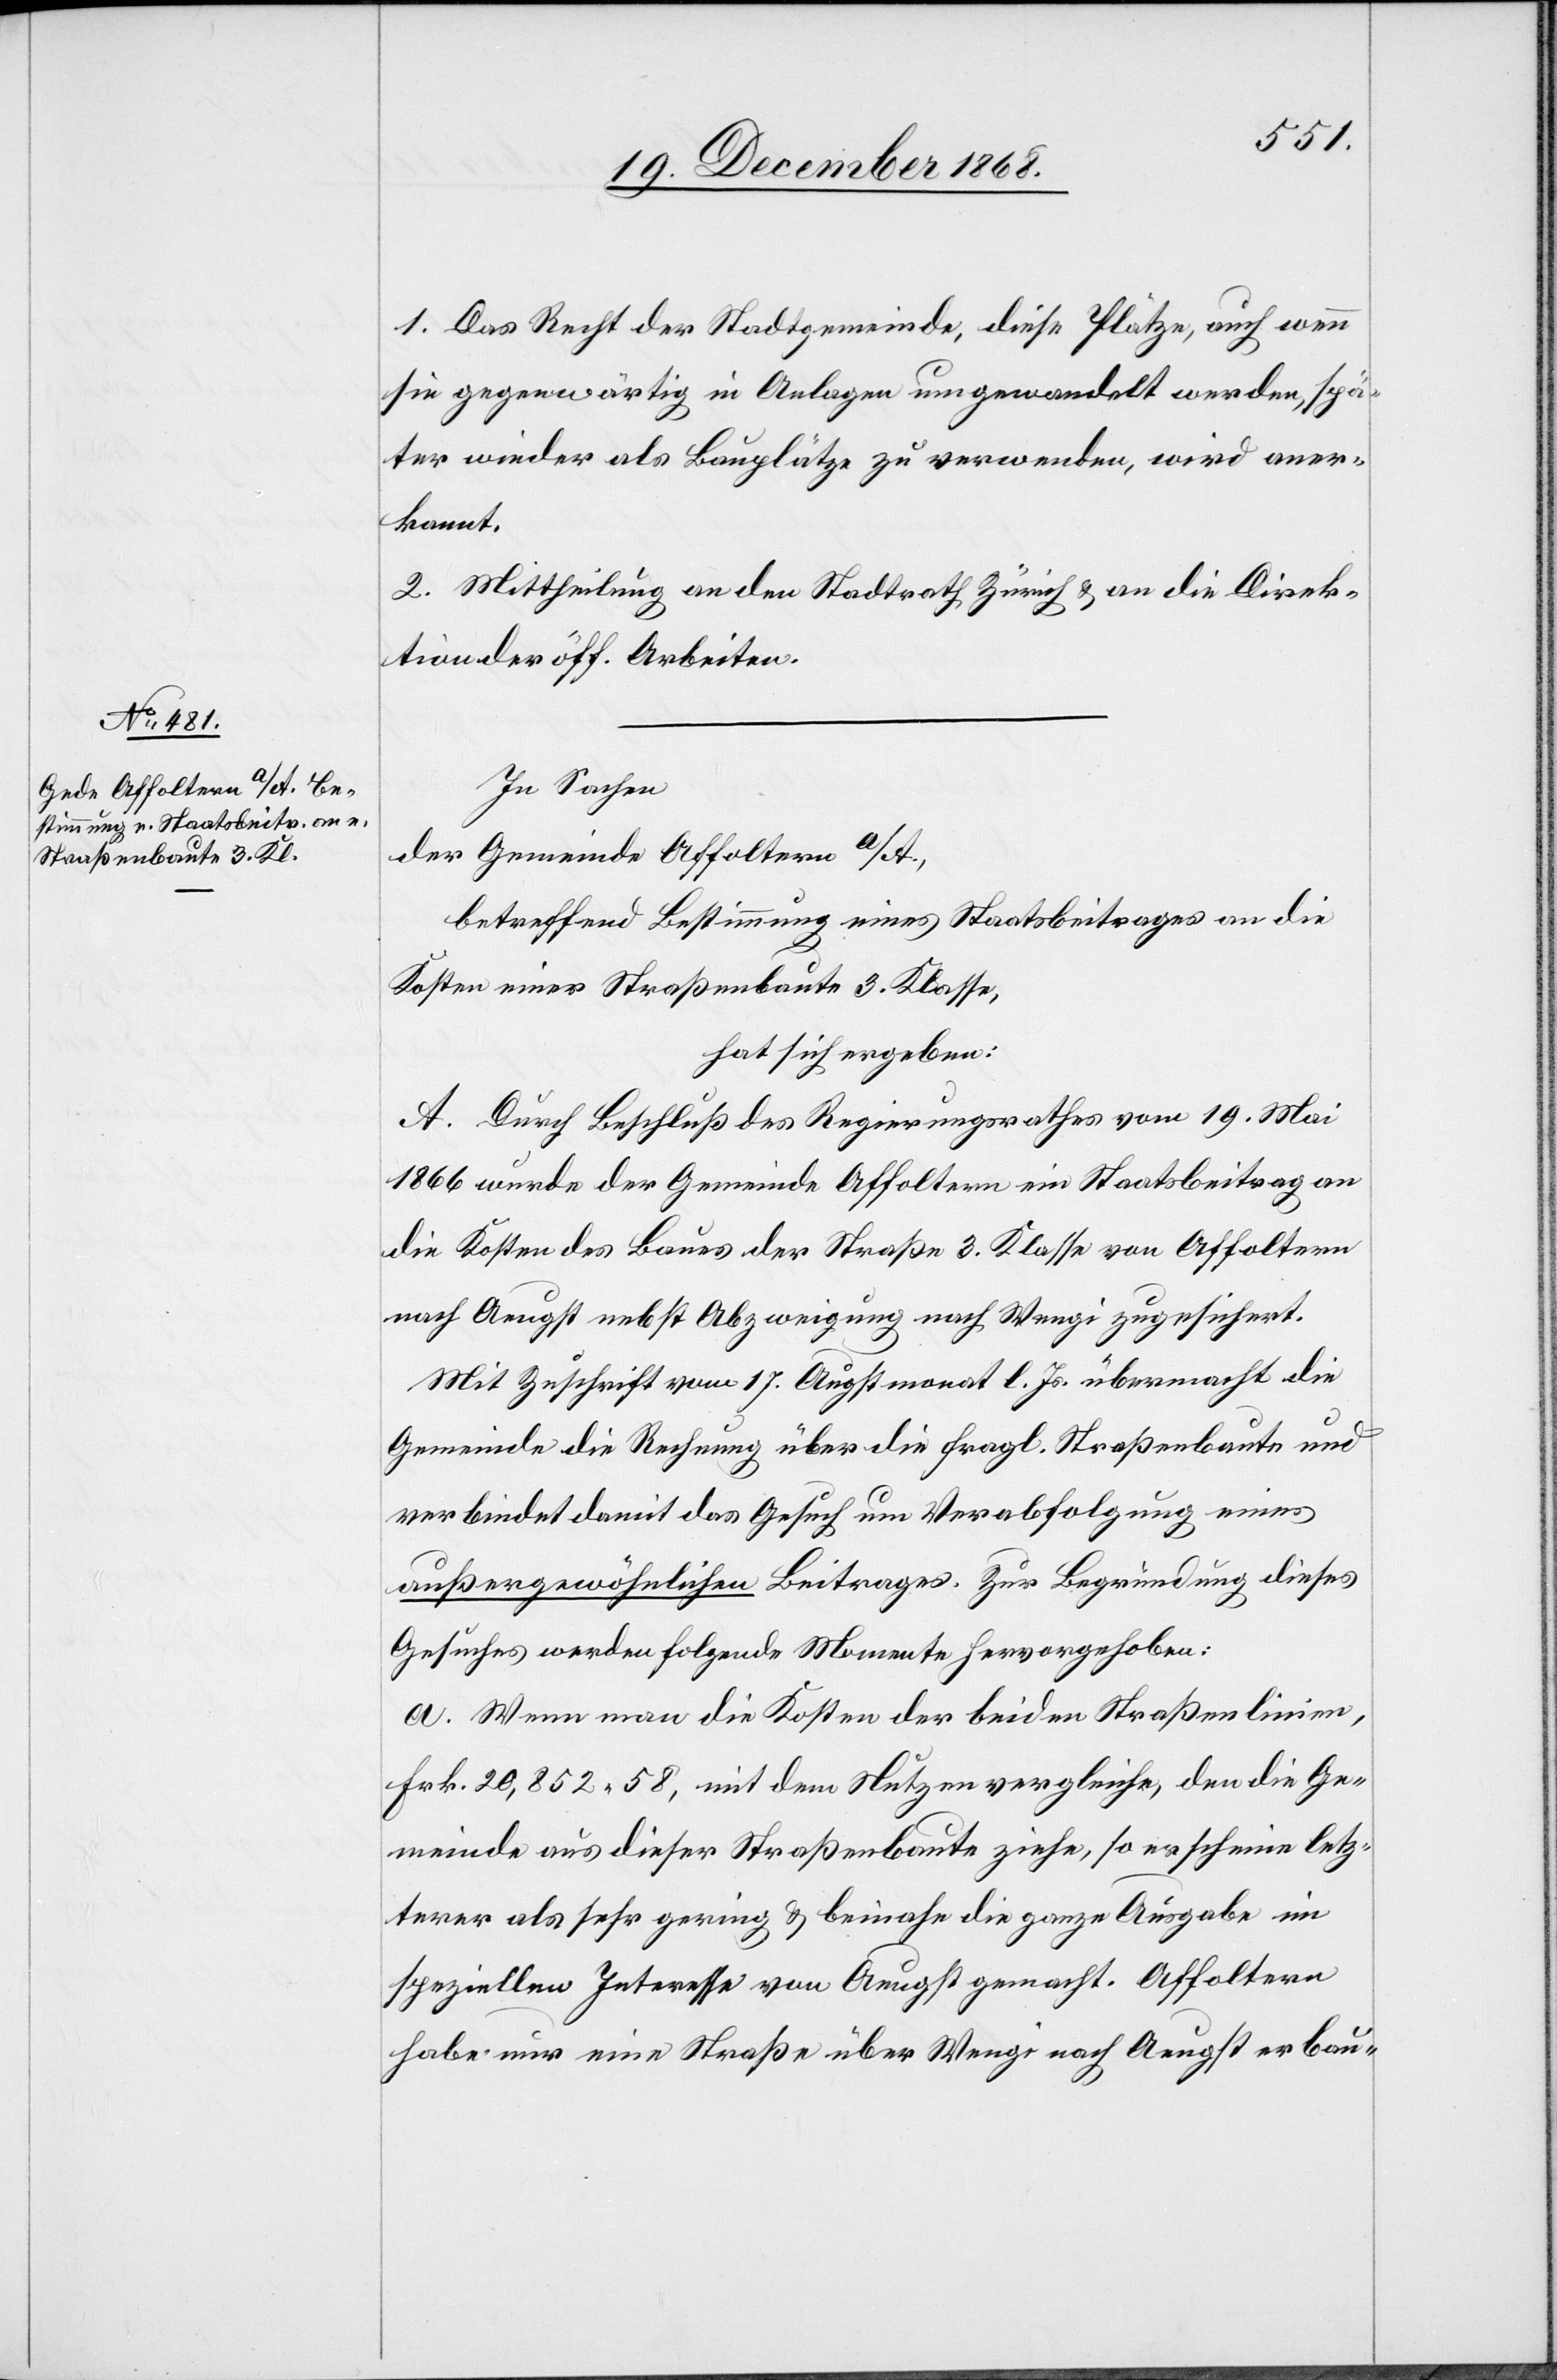
1. Das Recht der Stadtgemeinde, diese Plätze, auch wenn
sie gegenwärtig in Anlagen umgewandelt werden, spä¬
ter wieder als Bauplätze zu verwenden, wird aner¬
kannt.
2. Mittheilung an den Stadtrath Zürich & an die Direk¬
tion der öff. Arbeiten.
In Sachen
der Gemeinde Affoltern a/A.,
betreffend Bestimmung eines Staatsbeitrages an die
Kosten einer Straßenbaute 3. Klasse,
hat sich ergeben:
A. Durch Beschluß des Regierungsrathes vom 19. Mai
1866 wurde der Gemeinde Affoltern ein Staatsbeitrag an
die Kosten des Baues der Straße 3. Klasse von Affoltern
nach Aeugst nebst Abzweigung nach Wengi zugesichert.
Mit Zuschrift vom 17. Augstmonat l. Js. übermacht die
Gemeinde die Rechnung über die fragl. Straßenbaute und
verbindet damit das Gesuch um Verabfolgung eines
außergewöhnlichen Beitrages. Zur Begründung dieses
Gesuches werden folgende Momente hervorgehoben:
a. Wenn man die Kosten der beiden Straßenlinien,
Frk. 20,852.58, mit dem Nutzen vergleiche, den die Ge¬
meinde aus dieser Straßenbaute ziehe, so erscheine letz¬
terer als sehr gering & beinahe die ganze Ausgabe im
speziellen Interesse von Aeugst gemacht. Affoltern
habe nur eine Straße über Wengi nach Aeugst erbau-